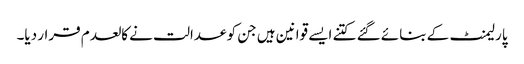
پارلیمنٹ کے بنائے گئے کتنے ایسے قوانین ہیں جن کو عدالت نے کالعدم قرار دیا۔